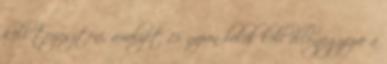
kell terjeszteni, amelyet 15 napon belül kell ellenjegyezve a